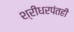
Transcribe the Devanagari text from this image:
श्रीधरपंतही